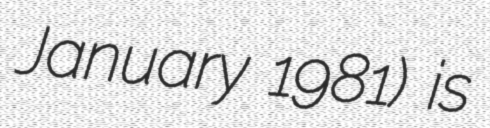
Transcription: January 1981) is